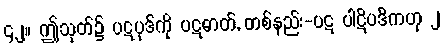
၄၂။ ဤသုတ်၌ ပဋပုဒ်ကို ပဋဓာတ်, တစ်နည်း-ပဋ ပါဋိပဒိကဟု ၂